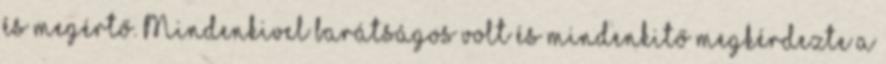
és megértő. Mindenkivel barátságos volt és mindenkitő megkérdezte a